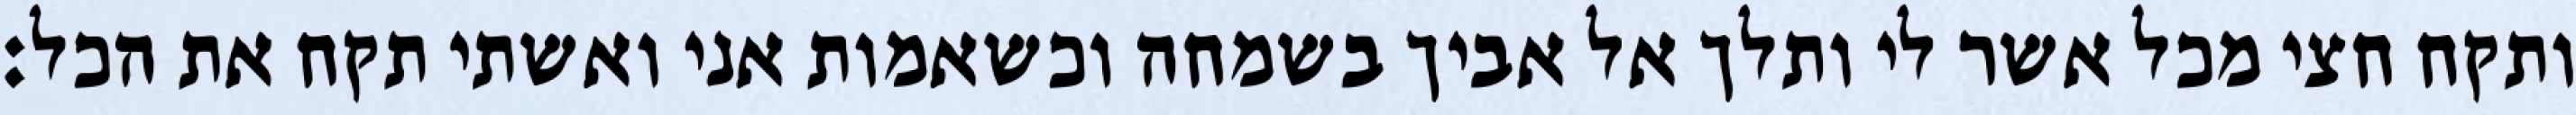
ותקח חצי מכל אשר לי ותלך אל אביך בשמחה וכשאמות אני ואשתי תקח את הכל: